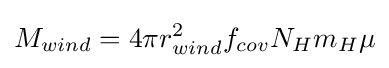
M_{wind}=4{\pi }r_{wind}^{2}f_{cov}N_{H}m_{H}\mu